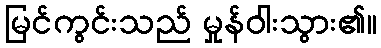
မြင်ကွင်းသည် မှုန်ဝါးသွား၏။